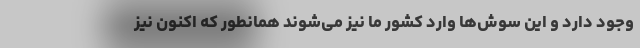
وجود دارد و این سوش‌ها وارد کشور ما نیز می‌شوند همانطور که اکنون نیز